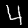
Digit: 4